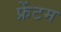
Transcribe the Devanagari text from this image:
फ्रेंटम